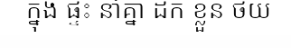
ក្នុង ផ្ទះ នាំគ្នា ដក ខ្លួន ថយ